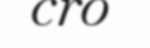
cro